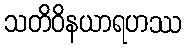
သတိဝိနယာရဟဿ